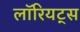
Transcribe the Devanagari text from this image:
लॉरियट्स